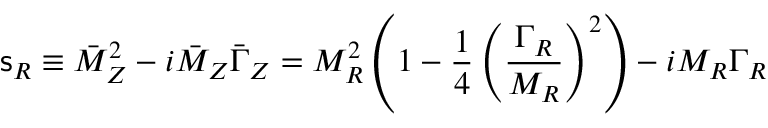
{ \mathsf { s } } _ { R } \equiv \bar { M } _ { Z } ^ { 2 } - i \bar { M } _ { Z } \bar { \Gamma } _ { Z } = M _ { R } ^ { 2 } \left( 1 - \frac { 1 } { 4 } \left( \frac { \Gamma _ { R } } { M _ { R } } \right) ^ { 2 } \right) - i M _ { R } \Gamma _ { R }